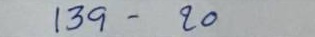
139 - 20